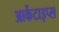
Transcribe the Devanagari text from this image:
आर्केटाइप्स